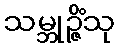
သမ္ဘုဉ္ဇိံသု